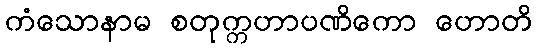
ကံသောနာမ စတုက္ကဟာပဏိကော ဟောတိ